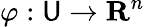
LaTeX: \varphi:\mathsf{U}\to\mathbf{{R}}^{n}